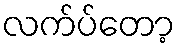
လက်ပ်တော့